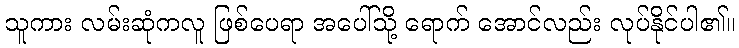
သူကား လမ်းဆုံကလူ ဖြစ်ပေရာ အပေါ်သို့ ရောက် အောင်လည်း လုပ်နိုင်ပါ၏။